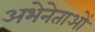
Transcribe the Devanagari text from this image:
अभेनेताओं